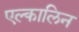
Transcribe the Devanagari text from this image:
एल्कालिन